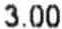
3.00